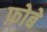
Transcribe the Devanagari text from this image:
फ़ोबे